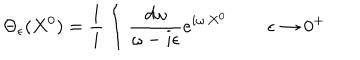
\Theta _ { \epsilon } ( X ^ { 0 } ) = \frac { 1 } { i } \int \frac { d \omega } { \omega - i \epsilon } e ^ { i \omega \, X ^ { 0 } } \, \qquad \epsilon \to 0 ^ { + }